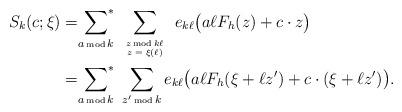
LaTeX: \begin{align*}S_{k}(c;\xi)=&{\sum_{a\,\hbox{\tiny mod}\, k}}^{\!\!\!*}\sum_{{\tiny \begin{tabular}{c} $z\,\hbox{\tiny mod}\, k\ell$\\ $z=\xi(\ell)$\end{tabular}}} e_{k\ell}\big(a\ell F_h(z) +c\cdot z\big)\\=&{\sum_{a\,\hbox{\tiny mod}\, k}}^{\!\!\!*}\;\sum_{z'\,\hbox{\tiny mod}\, k} e_{k\ell}\big(a\ell F_h(\xi+\ell z') +c\cdot (\xi+\ell z')\big).\end{align*}